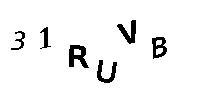
31RUVB